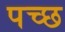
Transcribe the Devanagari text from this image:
पच्‍छ